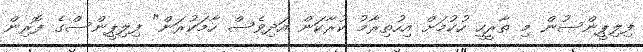
ފިލިޕީންސުން މި ތާރީހީ ހުކުމަށް އިހުތިރާމު ކުރާކަން އަދިވެސް ހާމަކުރަން" ފިލިޕީންސްގެ ފޮރިން